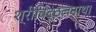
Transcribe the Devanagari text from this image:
श्रीविट्ठलनाथ।